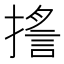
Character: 㨱